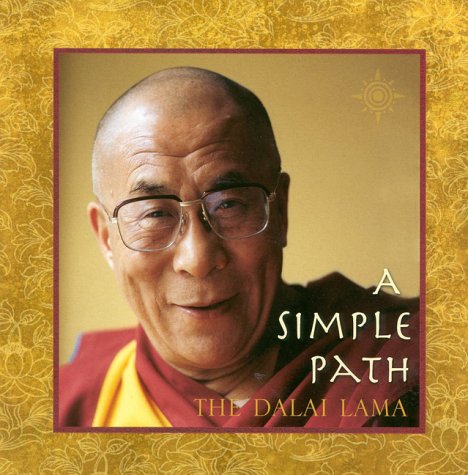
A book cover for A Simple Path; Dalai Lama XIV; Religion & Spirituality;